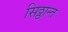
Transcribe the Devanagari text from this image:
सिठ्ठान्त